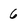
Character: 6